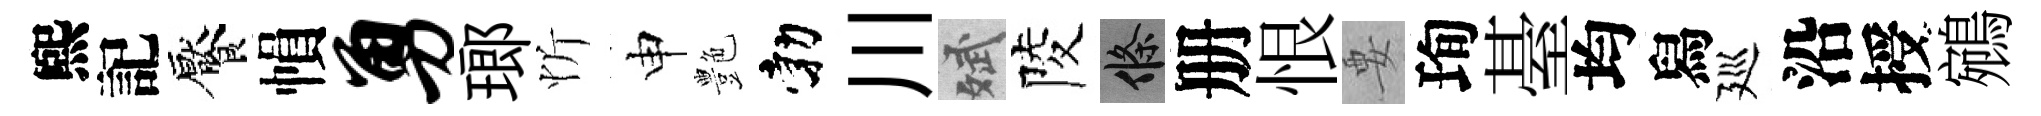
煕記饜𢄙勇瑯忻申艶勃川斌陵條册恨要珣䑓均舄廵沿授鵷